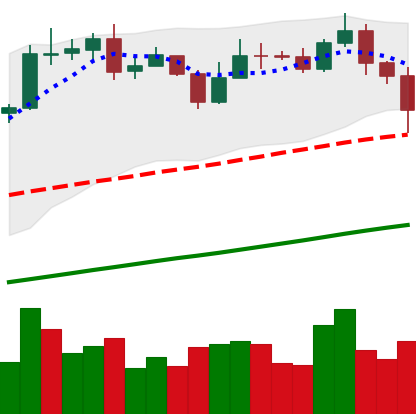
Ticker: BNB-USD
Chart end date: 2020-10-30
Forward return: -5.531%
Label: down_5_7